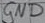
Text: GND